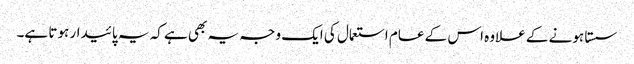
سستا ہونے کے علاوہ اس کے عام استعمال کی ایک وجہ یہ بھی ہے کہ یہ پائیدار ہوتا ہے۔